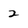
Character: 2